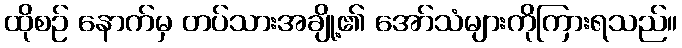
ထိုစဉ် နောက်မှ တပ်သားအချို့၏ အော်သံများကိုကြားရသည်။